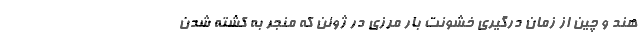
هند و چین از زمان درگیری خشونت بار مرزی در ژوئن که منجر به کشته شدن